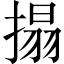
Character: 搨